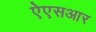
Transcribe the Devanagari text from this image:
ऐएसआर